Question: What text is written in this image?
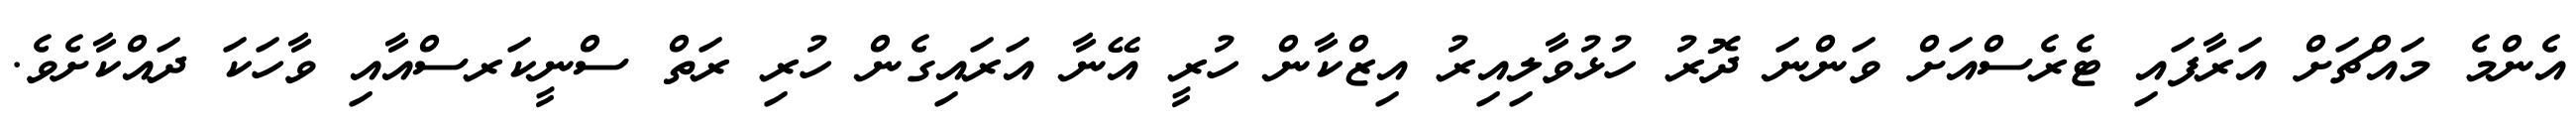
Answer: އެންމެ މައްޗަށް އަރާފައި ޓެރެސްއަށް ވަންނަ ދޮރު ހުޅުވާލިއިރު އިޒްކާން ހުރީ އޭނާ އަރައިގެން ހުރި ރަތް ސްނީކަރސްއާއި ވާހަކަ ދައްކާށެވެ.